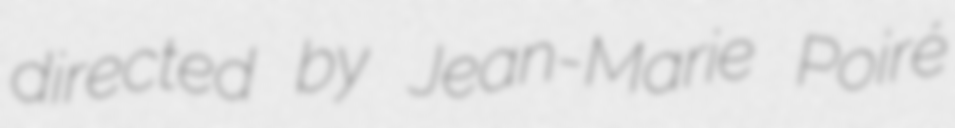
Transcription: directed by Jean-Marie Poiré